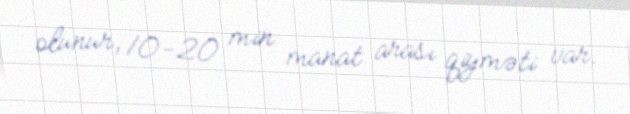
olunur, 10-20 min manat arası qiyməti var.